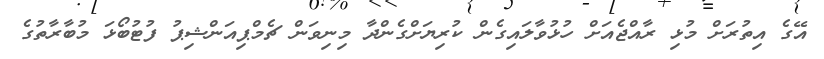
އޭގެ އިތުރަށް މުޅި ރާއްޖެއަށް ހުޅުވާލައިގެން ކުރިޔަށްގެންދާ މިނިވަން ޗެމްޕިއަންޝިޕު ފުޓުބޯޅަ މުބާރާތުގެ